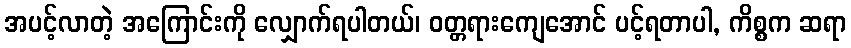
အပင့်လာတဲ့ အကြောင်းကို လျှောက်ရပါတယ်၊ ဝတ္တရားကျေအောင် ပင့်ရတာပါ, ကိစ္စက ဆရာ